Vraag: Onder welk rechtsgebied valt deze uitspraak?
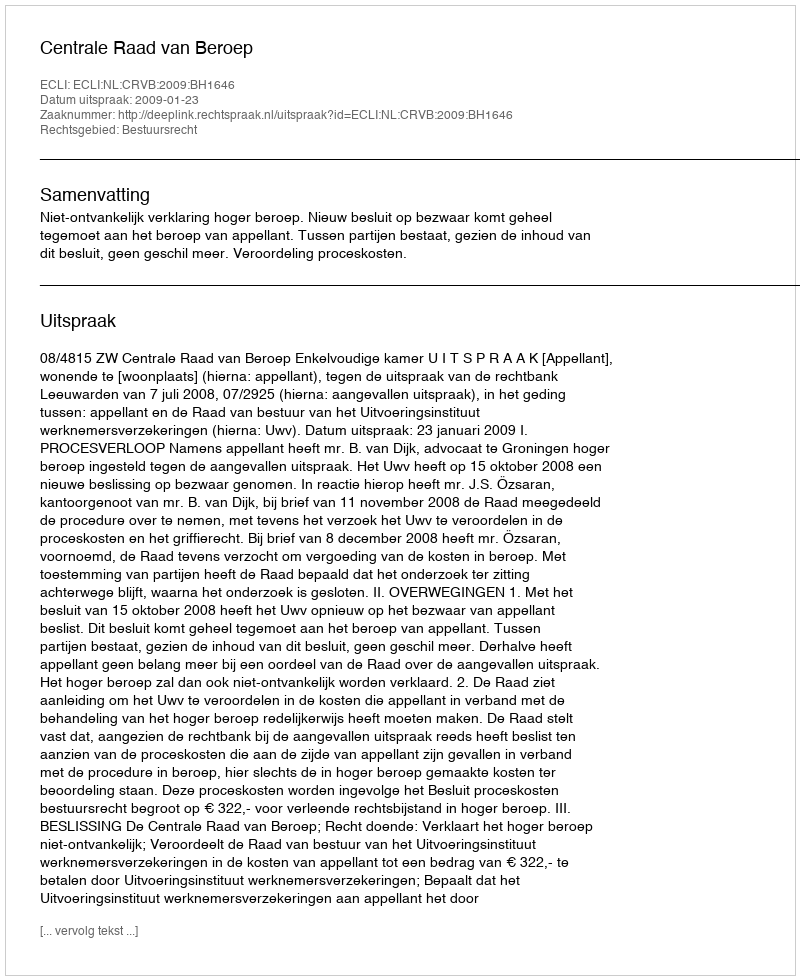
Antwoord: Bestuursrecht